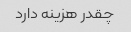
چقدر هزینه دارد